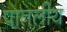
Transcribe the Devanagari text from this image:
पातलीय